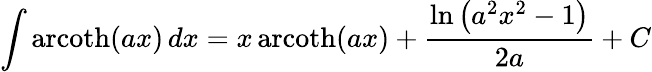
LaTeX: \int\operatorname{arcoth}(ax)\, dx=x\operatorname{arcoth}(ax)+{\frac{\ln\left(a^{2}x^{2}-1\right)}{2a}}+C